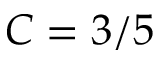
C = 3 / 5